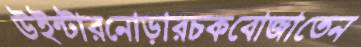
উইন্টারনোড়ারচকবোজাতেন